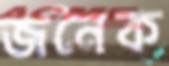
জনৈক